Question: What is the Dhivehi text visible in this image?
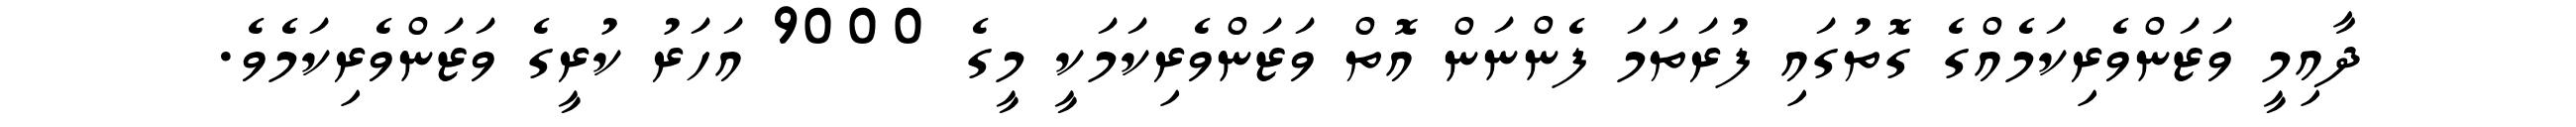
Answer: ދާއިމީ ވަޒަންވެރިކަމެއްގެ ގޮތުގައި ފުރަތަމަ ފެންނަން އޮތް ވަޒަންވެރިކަމަކީ މީގެ 9000 އަހަރު ކުރީގެ ވަޒަންވެރިކަމެވެ.